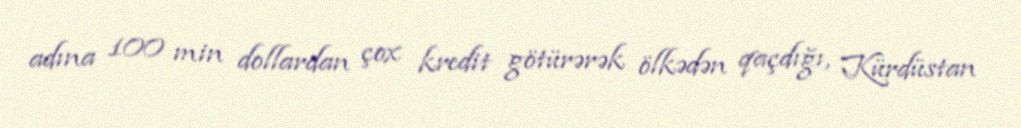
adına 100 min dollardan çox kredit götürərək ölkədən qaçdığı, Kürdüstan